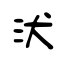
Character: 汱